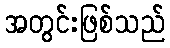
အတွင်းဖြစ်သည်